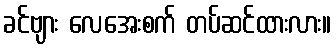
ခင်ဗျား လေအေးစက် တပ်ဆင်ထားလား။